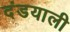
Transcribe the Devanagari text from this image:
दंडयाली